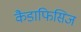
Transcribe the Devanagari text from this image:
कैडाफिसिज